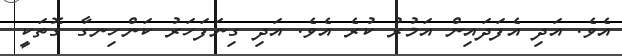
އެވެ. އަދި އެފަދައިން އަމުރު ކުރެ އެވެ. އަދި ގިނަފަހަރު ކަންހިނގާ ގޮތަކީ